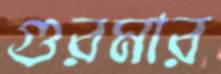
গুরমার